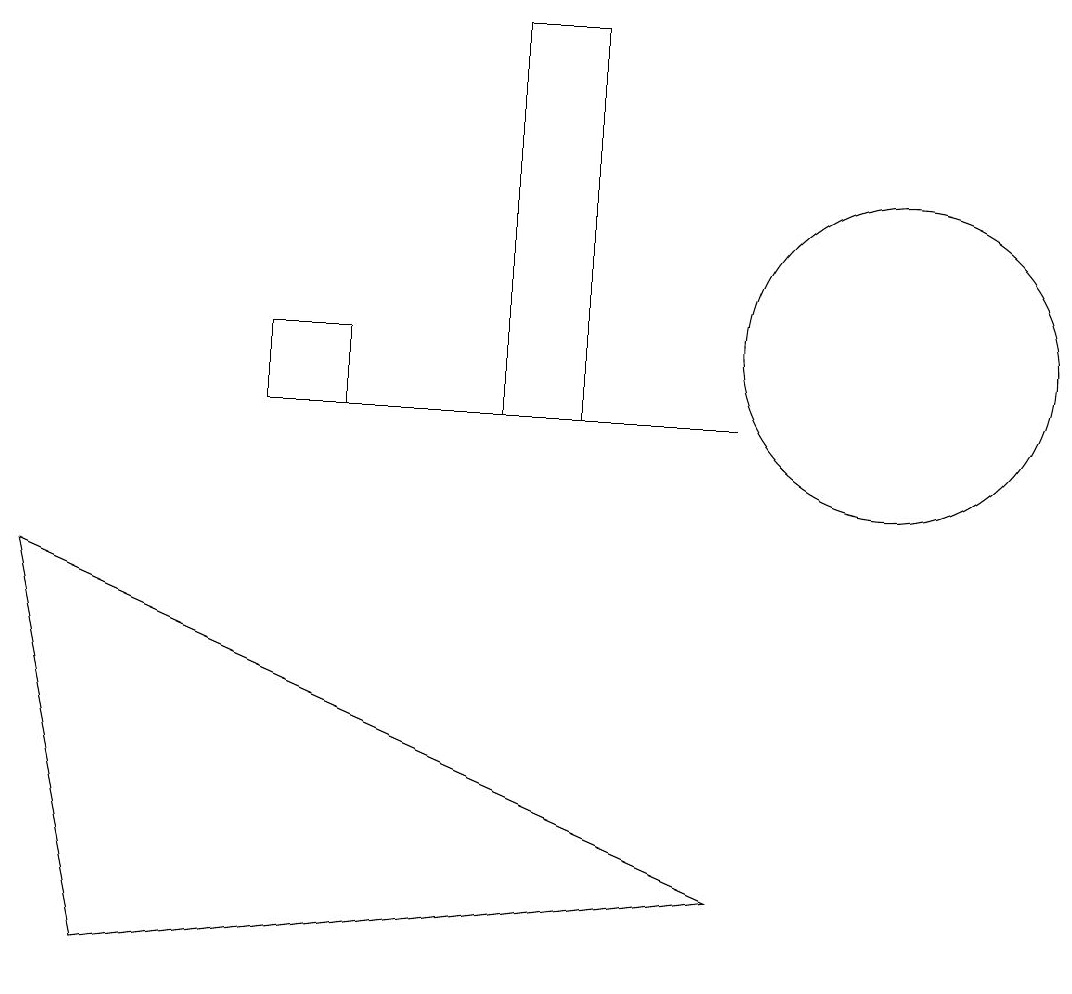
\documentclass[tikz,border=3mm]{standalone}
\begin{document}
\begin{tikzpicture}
\draw (11,12) circle (2);
\draw (7,16) rectangle (6,11);
\draw (9,5) -- (0,9) -- (1,4) -- cycle;
\draw (3,11) rectangle (4,12);
\draw (9,11) rectangle (4,11);
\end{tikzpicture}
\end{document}